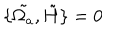
LaTeX: \{ \tilde { \Omega _ { a } } , \tilde { H } \} = 0